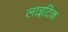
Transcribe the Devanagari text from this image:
लाइटिक